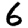
Digit: 6